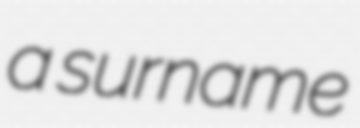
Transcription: a surname